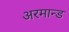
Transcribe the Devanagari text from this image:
अरमान्ड